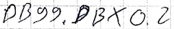
Text: DB99.DBX0.2